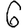
Digit: 6